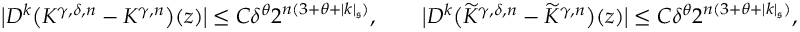
\bigl | D ^ { k } \bigl ( K ^ { \gamma , \delta , n } - K ^ { \gamma , n } \bigr ) ( z ) \bigr | \leq C \delta ^ { \theta } 2 ^ { n ( 3 + \theta + | k | _ { \mathfrak { s } } ) } , \qquad \bigl | D ^ { k } \bigl ( \widetilde { K } ^ { \gamma , \delta , n } - \widetilde { K } ^ { \gamma , n } \bigr ) ( z ) \bigr | \leq C \delta ^ { \theta } 2 ^ { n ( 3 + \theta + | k | _ { \mathfrak { s } } ) } ,